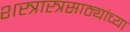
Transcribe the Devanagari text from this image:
शस्त्रास्त्रसाठ्यांच्या